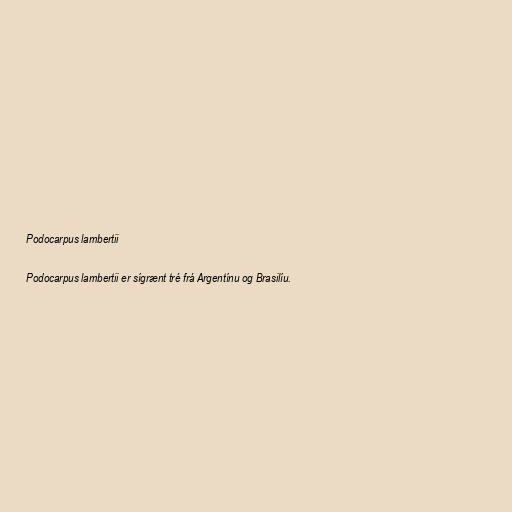
Podocarpus lambertii

Podocarpus lambertii er sígrænt tré frá Argentínu og Brasilíu.